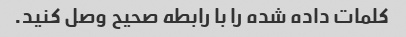
کلمات داده شده را با رابطه صحیح وصل کنید.